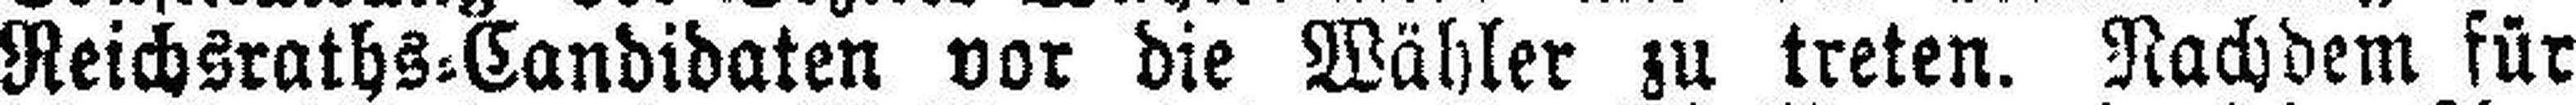
Reichsraths=Candidaten vor die Wähler zu treten. Nachdem für